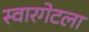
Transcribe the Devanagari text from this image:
स्वारगेटला